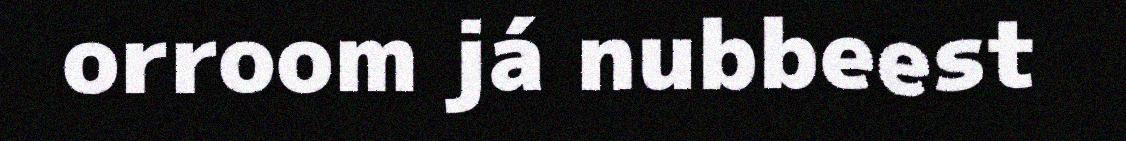
orroom já nubbeest